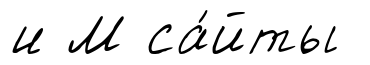
и М са́йты